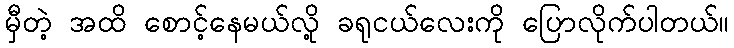
မှီတဲ့ အထိ စောင့်နေမယ်လို့ ခရုငယ်လေးကို ပြောလိုက်ပါတယ်။